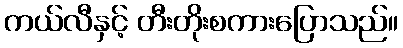
ကယ်လီနှင့် တီးတိုးစကားပြောသည်။